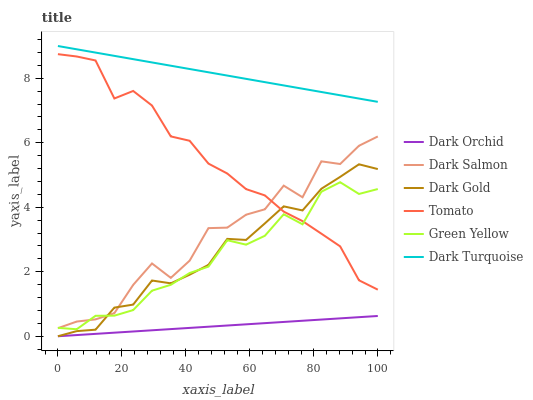
| xaxis_label | Dark Orchid | Dark Salmon | Dark Gold | Tomato | Green Yellow | Dark Turquoise |
 | --- | --- | --- | --- | --- | --- | --- |
 | 0 | 0 | 0.25 | 0 | 8.75 | 0.261 | 9 |
 | 5.88 | 0.037 | 0.456 | 0.159 | 8.67 | 0.217 | 8.9 |
 | 11.8 | 0.0739 | 0.523 | 0.203 | 8.55 | 0.634 | 8.8 |
 | 17.6 | 0.111 | 0.715 | 0.888 | 7.37 | 0.638 | 8.69 |
 | 23.5 | 0.148 | 1.59 | 0.981 | 7.61 | 0.812 | 8.59 |
 | 29.4 | 0.185 | 2.26 | 1.73 | 7.15 | 1.41 | 8.49 |
 | 35.3 | 0.222 | 1.81 | 1.64 | 6.2 | 1.6 | 8.39 |
 | 41.2 | 0.259 | 2.34 | 1.91 | 6.06 | 1.96 | 8.29 |
 | 47.1 | 0.296 | 3.35 | 2.21 | 5.35 | 2.16 | 8.19 |
 | 52.9 | 0.333 | 3.37 | 3.02 | 5.05 | 2.98 | 8.08 |
 | 58.8 | 0.37 | 3.77 | 2.99 | 4.56 | 2.84 | 7.98 |
 | 64.7 | 0.407 | 3.94 | 3.5 | 4.37 | 3.12 | 7.88 |
 | 70.6 | 0.444 | 4.67 | 4.03 | 3.86 | 3.78 | 7.78 |
 | 76.5 | 0.481 | 4.31 | 3.9 | 3.57 | 3.47 | 7.68 |
 | 82.4 | 0.518 | 5.42 | 4.57 | 3.18 | 4.48 | 7.57 |
 | 88.2 | 0.555 | 5.34 | 4.94 | 2.79 | 4.78 | 7.47 |
 | 94.1 | 0.592 | 5.91 | 5.33 | 1.74 | 4.41 | 7.37 |
 | 100 | 0.628 | 6.2 | 5.18 | 1.44 | 4.56 | 7.27 |